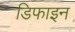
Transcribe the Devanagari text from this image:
डिफाइन